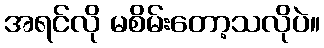
အရင်လို မစိမ်းတော့သလိုပဲ။